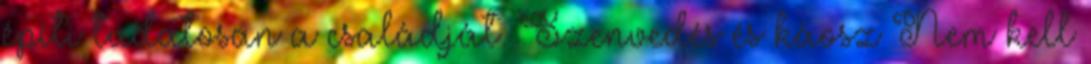
építi tudatosan a családját. Szenvedés és káosz Nem kell